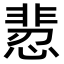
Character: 𩇻